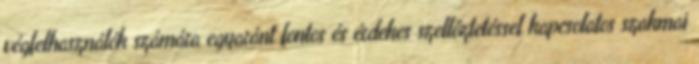
végfelhasználók számára egyaránt fontos és érdekes szellőztetéssel kapcsolatos szakmai